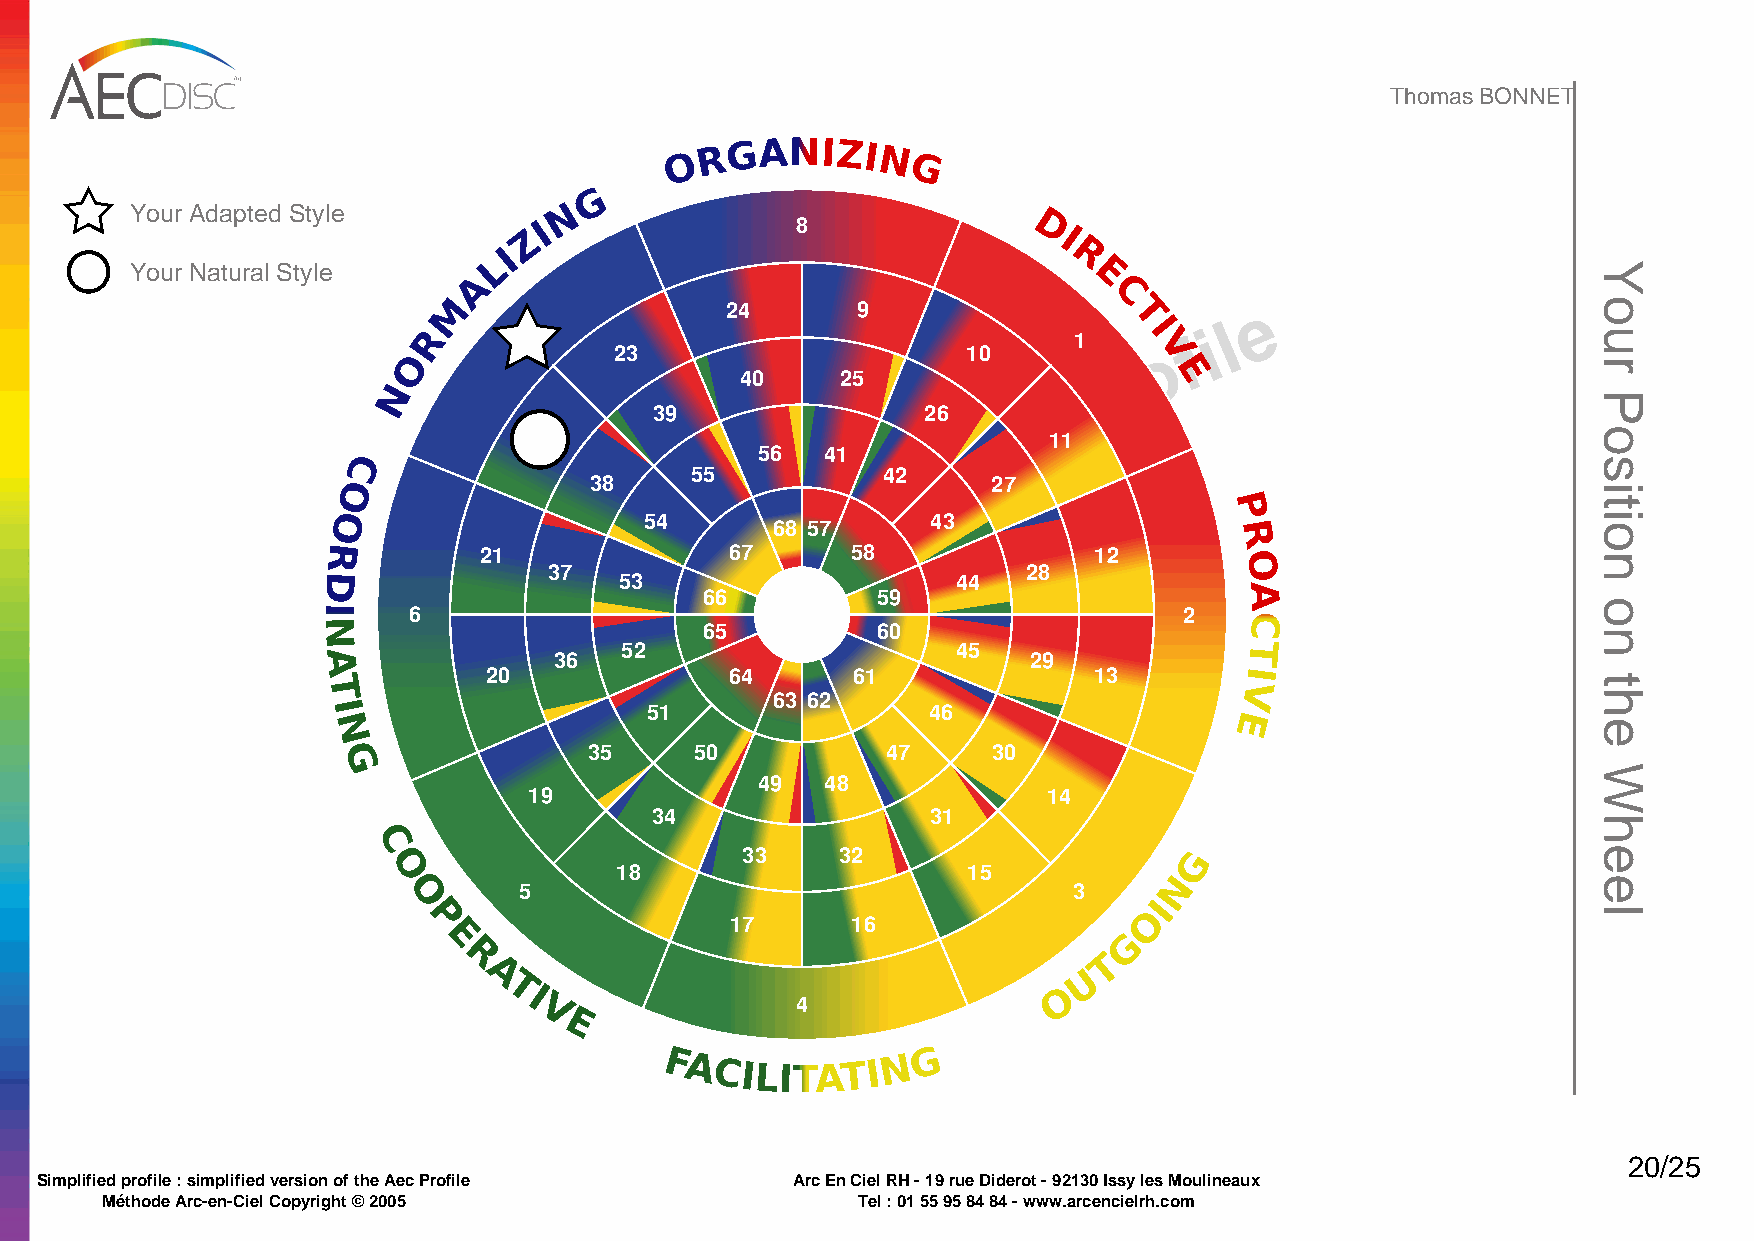
Thomas BONNET
 O R
 GANIZI
 N
 G
 G
 Your Adapted Style          N
 Z I               8              D I
 LI                                    R
 Your Natural Style
 A                                        E
 M                 24       9               C         e
 T     l
 R     7                                    1    I  f i
 O
 23                     10          Vo
 r
 40     25              p    E
 N
 d
 39                26
 e
 22                         f i    11
 C                          56   41   l i
 55         p42
 O                38             m           27
 O                    54    S  i         43                 P
 68 57                          R
 R          21              67      58              12
 O
 37                              28
 D                   53                    44
 66         59                      A
 I     6                                                  2
 N                         65         60                      C
 52                    45                 T
 A               36                             29
 20              64      61              13        I T V
 63 62
 I                    51                 46                  E
 N
 35     50           47     30
 G
 49   48
 19                                14
 34                 31
 C
 33     32                     G
 O               18                     15
 N
 5                                    3
 O
 I
 O
 P                   17      16
 E                                            G
 R                                          T
 A                                       U
 T I                                  O
 4
 V
 E
 G
 FACILITATIN
 20/25
 Simplified profile : simplified version of the Aec Profile Arc En Ciel RH - 19 rue Diderot - 92130 Issy les Moulineaux
 Méthode Arc-en-Ciel Copyright © 2005              Tel : 01 55 95 84 84 - www.arcencielrh.com
 Your
 Position
 on
 the
 Wheel